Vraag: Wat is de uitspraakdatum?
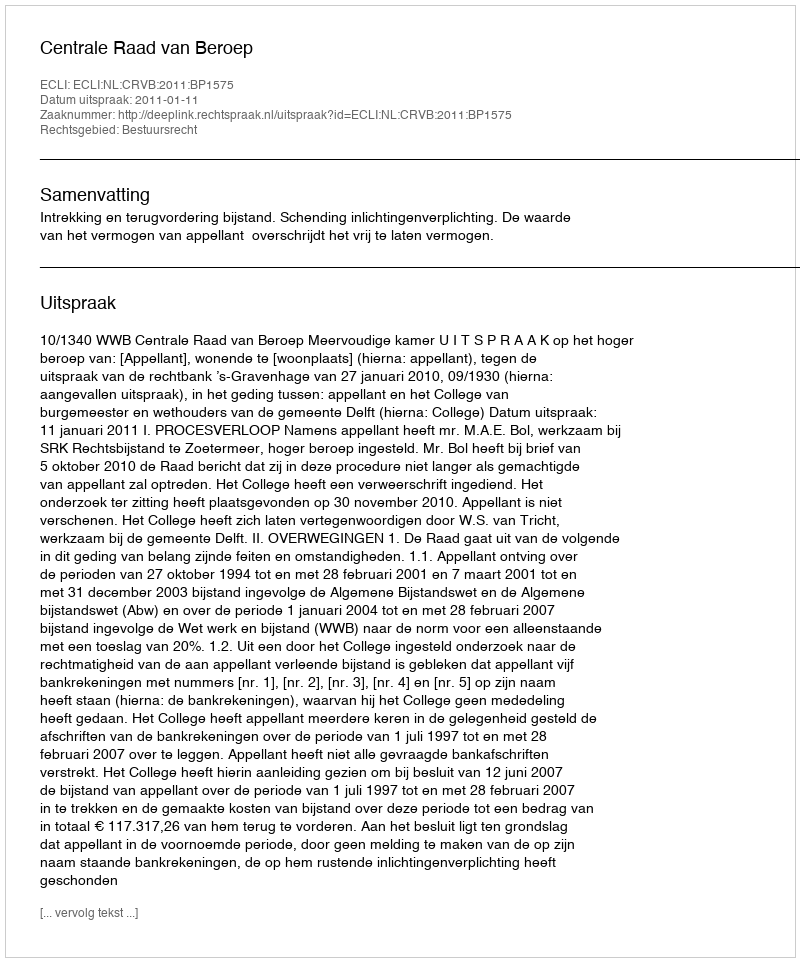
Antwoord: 2011-01-11